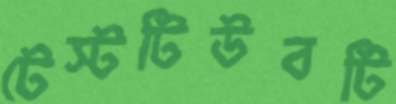
টেস্টটিউবটি